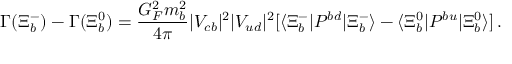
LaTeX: \Gamma ( \Xi _ { b } ^ { - } ) - \Gamma ( \Xi _ { b } ^ { 0 } ) = \frac { G _ { F } ^ { 2 } m _ { b } ^ { 2 } } { 4 \pi } | V _ { c b } | ^ { 2 } | V _ { u d } | ^ { 2 } [ \langle \Xi _ { b } ^ { - } | P ^ { b d } | \Xi _ { b } ^ { - } \rangle - \langle \Xi _ { b } ^ { 0 } | P ^ { b u } | \Xi _ { b } ^ { 0 } \rangle ] \, .